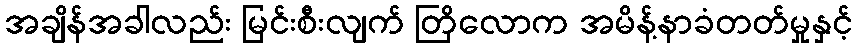
အချိန်အခါလည်း မြင်းစီးလျက် တြိလောက အမိန့်နာခံတတ်မှုနှင့်